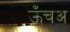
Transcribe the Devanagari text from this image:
ऊँचअ